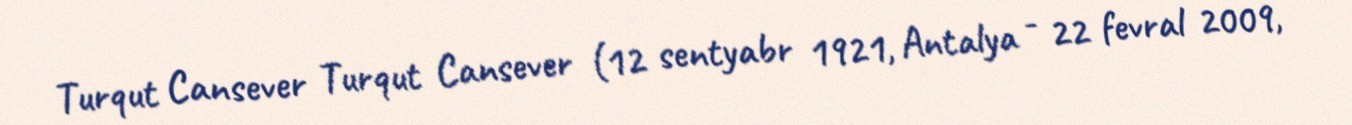
Turqut Cansever Turqut Cansever (12 sentyabr 1921, Antalya - 22 fevral 2009,